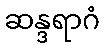
ဆန္ဒရာဂံ